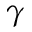
\gamma